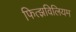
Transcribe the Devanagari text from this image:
फित्झविलियम